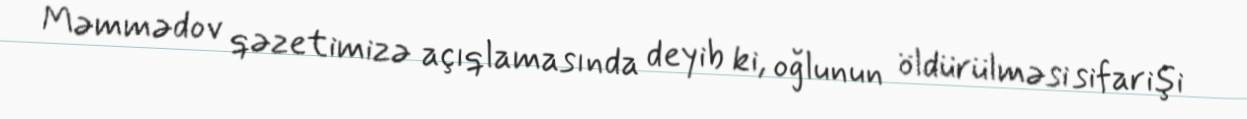
Məmmədov qəzetimizə açıqlamasında deyib ki, oğlunun öldürülməsi sifarişi